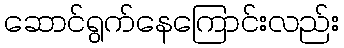
ဆောင်ရွက်နေကြောင်းလည်း